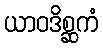
ယာဝဒိစ္ဆကံ